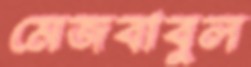
মেজবাবুল